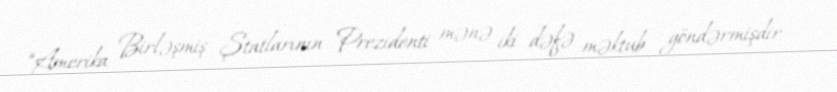
“Amerika Birləşmiş Ştatlarının Prezidenti mənə iki dəfə məktub göndərmişdir -